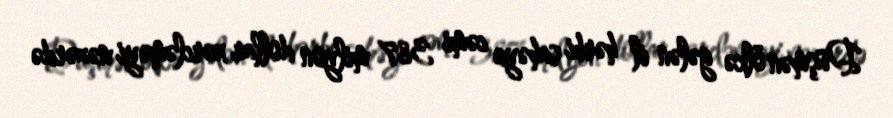
Düşmən ölkə gələn il hərbi sahəyə cəmi 387 milyon dollar xərcləməyi nəzərdə